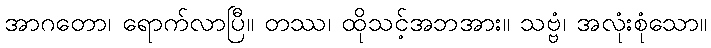
အာဂတော၊ ရောက်လာပြီ။ တဿ၊ ထိုသင့်အဘအား။ သဗ္ဗံ၊ အလုံးစုံသော။